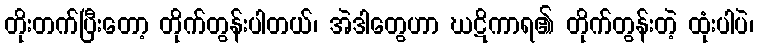
တိုးတက်ပြီးတော့ တိုက်တွန်းပါတယ်၊ အဲဒါတွေဟာ ဃဋိကာရ၏ တိုက်တွန်းတဲ့ ထုံးပါပဲ၊